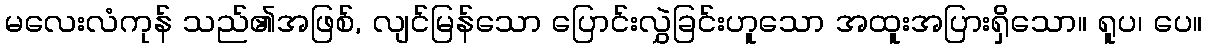
မလေးလံကုန် သည်၏အဖြစ်, လျင်မြန်သော ပြောင်းလွှဲခြင်းဟူသော အထူးအပြားရှိသော။ ရူပ၊ ပေ။